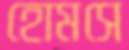
হোমসে